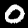
Digit: 0